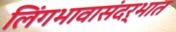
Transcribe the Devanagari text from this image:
लिंगभावासंदर्भात